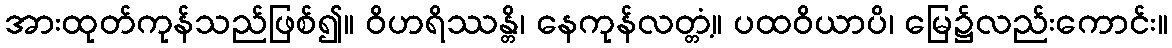
အားထုတ်ကုန်သည်ဖြစ်၍။ ဝိဟရိဿန္တိ၊ နေကုန်လတ္တံ့။ ပထဝိယာပိ၊ မြေ၌လည်းကောင်း။